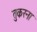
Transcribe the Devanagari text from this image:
तुकरना